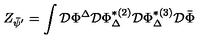
Z _ { \bar { \psi } ^ { \prime } } = \int \mathcal { D } \Phi ^ { \Delta } \mathcal { D } \Phi _ { \Delta } ^ { * ( 2 ) } \mathcal { D } \Phi _ { \Delta } ^ { * ( 3 ) } \mathcal { D } \bar { \Phi }